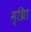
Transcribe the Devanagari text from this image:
म्थ्राि